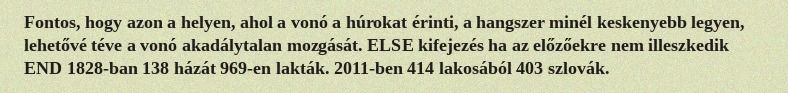
Fontos, hogy azon a helyen, ahol a vonó a húrokat érinti, a hangszer minél keskenyebb legyen, lehetővé téve a vonó akadálytalan mozgását. ELSE kifejezés ha az előzőekre nem illeszkedik END 1828-ban 138 házát 969-en lakták. 2011-ben 414 lakosából 403 szlovák.